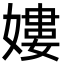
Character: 㜢